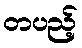
တပည့်